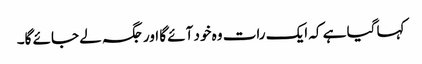
کہا گیا ہے کہ ایک رات وہ خود آئے گا اور جگہ لے جائے گا۔